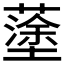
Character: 𡒎